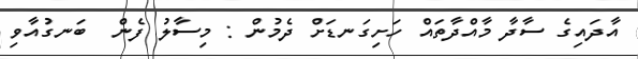
އާދައިގެ ސާދާ މާއްދާތައް ހަށިގަނޑަށް ދެމުން : މިސާލު ފެން  ބަނގުއާވި